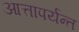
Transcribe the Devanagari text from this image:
आत्तापर्यन्त